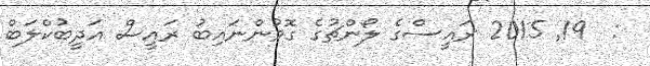
:  19